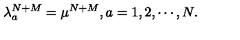
\lambda _ { a } ^ { N + M } = \mu ^ { N + M } , a = 1 , 2 , \cdots , N .